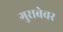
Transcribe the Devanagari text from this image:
गुराबेवर